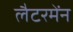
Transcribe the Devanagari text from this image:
लैटरमेंन